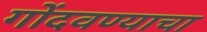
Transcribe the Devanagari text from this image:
गोंदवण्याचा